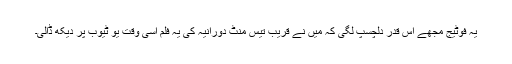
یہ فوٹیج مجھے اس قدر دلچسپ لگی کہ میں نے قریب تیس منٹ دورانیہ کی یہ فلم اسی وقت یو ٹیوب پر دیکھ ڈالی۔